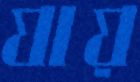
যায়